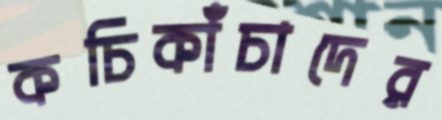
কচিকাঁচাদের